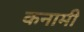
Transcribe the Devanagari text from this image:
कनामी